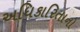
અધિકારિતાનો